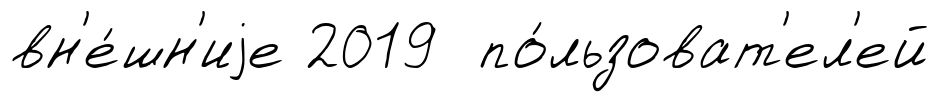
вн'е́шн'иjе 2019 по́льзоват'ел'ей